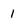
Character: 1